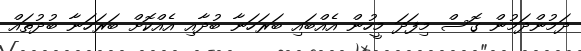
ދަމުންދަމުން ގޮސް މިފަދަ މީހުން އެއްބައި ބަރަހަނާ ބުދާއި އެއްކޮށް ބަރަހަނާ ބުދުތައް